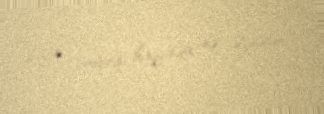
bağlı çağırışı haqqında nə düşünür?.